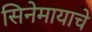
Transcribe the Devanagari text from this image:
सिनेमायाचे